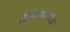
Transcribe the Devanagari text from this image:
सिनेजगतातील